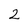
Character: 2